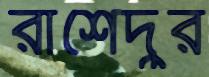
রাশেদুর